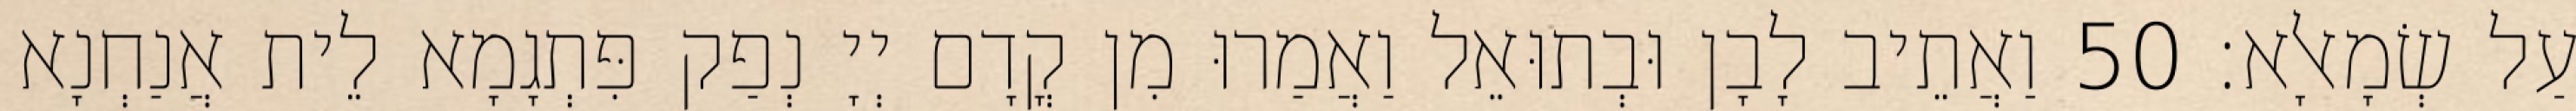
עַל שְׂמָאלָא׃ 50 וַאֲתֵיב לָבָן וּבְתוּאֵל וַאֲמַרוּ מִן קֳדָם יְיָ נְפַק פִּתְגָמָא לֵית אֲנַחְנָא